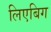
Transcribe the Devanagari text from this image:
लिएबिग